Vaccination in Bombay 1889-1901 - 1889-1901
Year: 1889
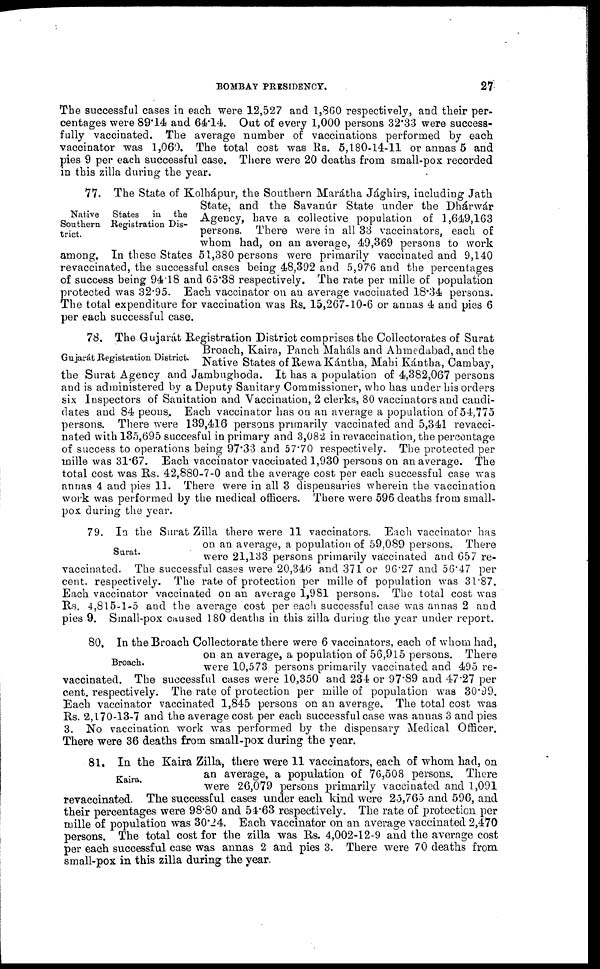
BOMBAY PRESIDENCY.
27
The successful cases in each were 12,527 and 1,860 respectively, and their per-
centages were 89.14 and 64.14. Out of every 1,000 persons 32.33 were success-
fully vaccinated. The average number of vaccinations performed by each
vaccinator was 1,060. The total cost was Rs. 5,180-14-11 or annas 5 and
pies 9 per each successful case. There were 20 deaths from small-pox recorded
in this zilla during the year.
Native
States
in
the
Southern Registration Dis-
trict.
77. The State of Kolhápur, the Southern Marátha Jághirs, including Jath
State, and the Savanúr State under the Dhárwár
Agency, have a collective population of 1,649,163
persons. There were in all 33 vaccinators, each of
whom had, on an average, 49,369 persons to work
among. In these States 51,380 persons were primarily vaccinated and 9,140
revaccinated, the successful cases being 48,392 and 5,976 and the percentages
of success being 94.18 and 65.38 respectively. The rate per mille of population
protected was 32.95. Each vaccinator on an average vaccinated 18.34 persons.
The total expenditure for vaccination was Rs. 15,267-10-6 or annas 4 and pies 6
per each successful case.
Gujarát Registration District.
78. The Gujarát Registration District comprises the Collectorates of Surat
Broach, Kaira, Panch Maháls and Ahmedabad, and the
Native States of Rewa Kántha, Mahi Kántha, Cambay,
the Surat Agency and Jambughoda. It has a population of 4,382,067 persons
and is administered by a Deputy Sanitary Commissioner, who has under his orders
six Inspectors of Sanitation and Vaccination, 2 clerks, 80 vaccinators and candi-
dates and 84 peons. Each vaccinator has on an average a population of 54,775
persons. There were 139,416 persons primarily vaccinated and 5,341 revacci-
nated with 135,695 succesful in primary and 3,082 in revaccination, the percentage
of success to operations being 97.33 and 57.70 respectively. The protected per
mille was 31.67. Each vaccinator vaccinated 1,930 persons on an average. The
total cost was Rs. 42,880-7-0 and the average cost per each successful case was
annas 4 and pies 11. There were in all 3 dispensaries wherein the vaccination
work was performed by the medical officers. There were 596 deaths from small-
pox during the year.
Surat.
79. In the Surat Zilla there were 11 vaccinators. Each vaccinator has
on an average, a population of 59,089 persons. There
were 21,133 persons primarily vaccinated and 657 re-
vaccinated. The successful cases were 20,346 and 371 or 96.27 and 56.47 per
cent. respectively. The rate of protection per mille of population was 31.87.
Each vaccinator vaccinated on an average 1,981 persons. The total cost was
Rs. 4,815-1-5 and the average cost per each successful case was annas 2 and
pies 9. Small-pox caused 180 deaths in this zilla during the year under report.
Broach.
80. In the Broach Collectorate there were 6 vaccinators, each of whom had,
on an average, a population of 56,915 persons. There
were 10,573 persons primarily vaccinated and 495 re-
vaccinated. The successful cases were 10,350 and 234 or 97.89 and 47.27 per
cent. respectively. The rate of protection per mille of population was 30.99.
Each vaccinator vaccinated 1,845 persons on an average. The total cost was
Rs. 2,170-13-7 and the average cost per each successful case was annas 3 and pies
3. No vaccination work was performed by the dispensary Medical Officer.
There were 36 deaths from small-pox during the year.
Kaira.
81. In the Kaira Zilla, there were 11 vaccinators, each of whom had, on
an average, a population of 76,508 persons. There
were 26,079 persons primarily vaccinated and 1,091
revaccinated. The successful cases under each kind were 25,765 and 596, and
their percentages were 98.80 and 54.63 respectively. The rate of protection per
mille of population was 30.24. Each vaccinator on an average vaccinated 2,470
persons. The total cost for the zilla was Rs. 4,002-12-9 and the average cost
per each successful case was annas 2 and pies 3. There were 70 deaths from
small-pox in this zilla during the year.